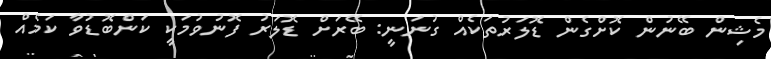
މެޝިން ބޭނުން ކޮށްގެން ޑޮލަރުތަކެއް ގުނަނީ: ބޭރަށް ޑޮލަރު ފޮނުވުމަކީ ކަންބޮޑުވާ ކަމެއް